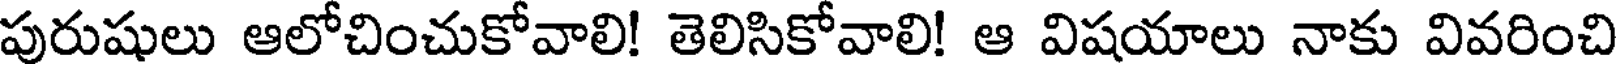
పురుషులు ఆలోచించుకోవాలి! తెలిసికోవాలి! ఆ విషయాలు నాకు వివరించి